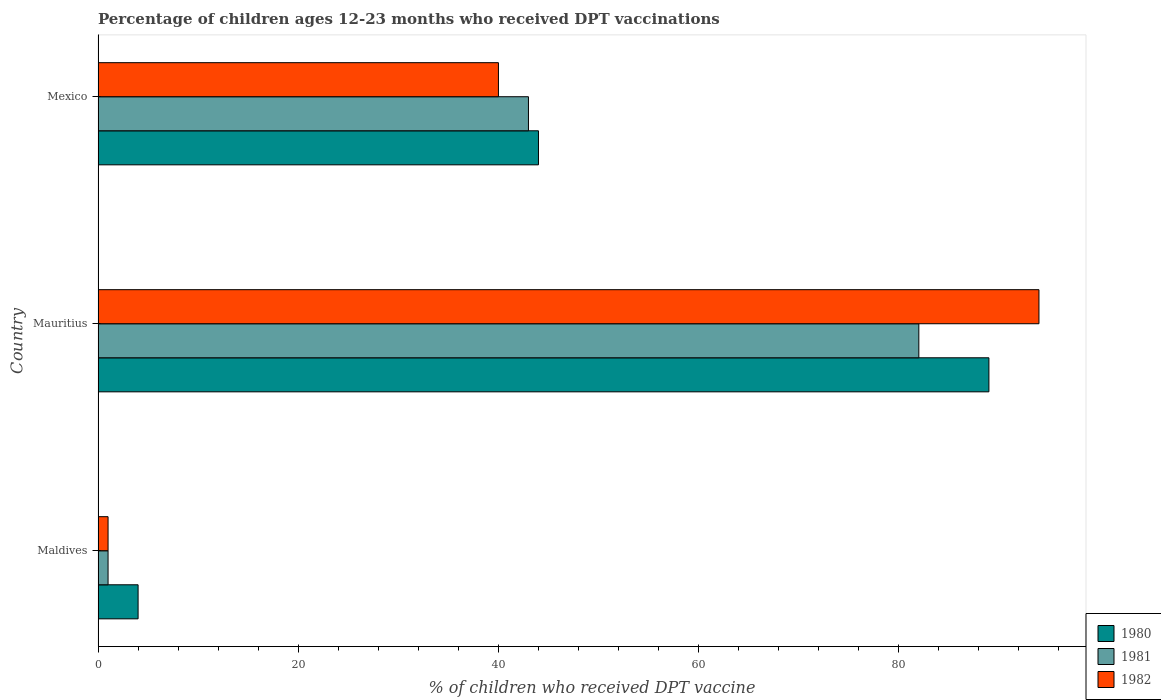
| Country | 1980 | 1981 | 1982 |
 | --- | --- | --- | --- |
 | Maldives | 4 | 1 | 1 |
 | Mauritius | 89 | 82 | 94 |
 | Mexico | 44 | 43 | 40 |